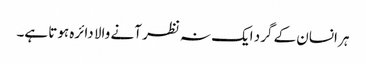
ہر انسان کے گرد ایک نہ نظر آنے والا دائرہ ہوتا ہے۔